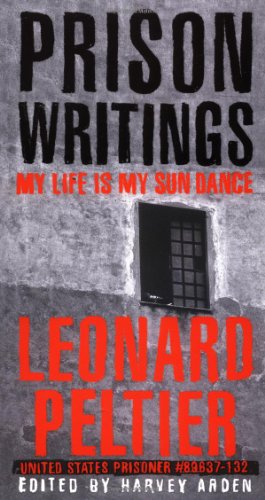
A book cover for Prison Writings: My Life Is My Sun Dance; Leonard Peltier; Biographies & Memoirs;